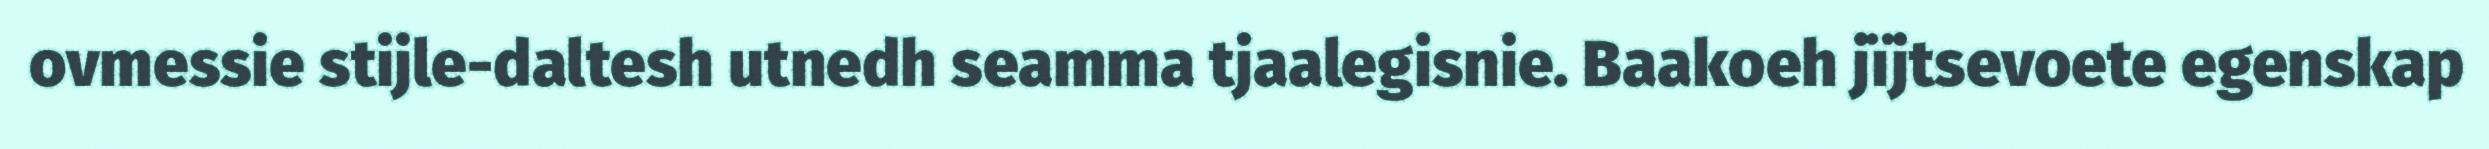
ovmessie stijle-daltesh utnedh seamma tjaalegisnie. Baakoeh jïjtsevoete egenskap